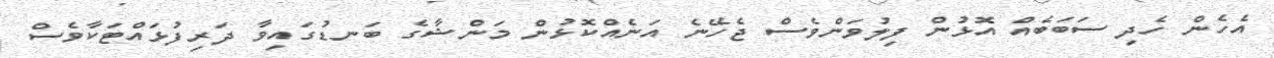
އެހެން ހެދި ސަބަބެއް އޮޅުން ފިލުވަންވެސް ޖެހޭނެ އަނެއްކޮޅުން މަންޝާގެ ބަނޑުގައިވާ ދަރިފުޅައްޓަކާވެސް